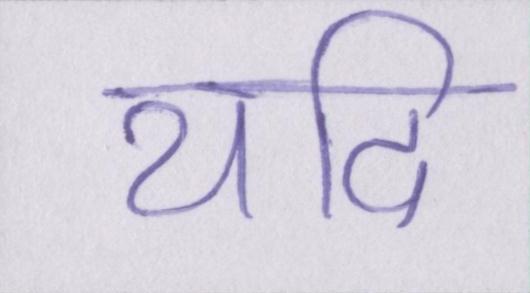
यदि